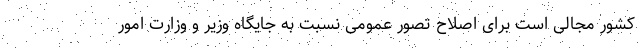
کشور مجالی است برای اصلاح تصور عمومی نسبت به جایگاه وزیر و وزارت امور